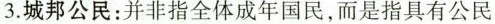
3.城邦公民：并非指全体成年国民，而是指具有公民